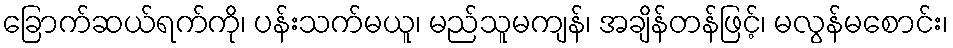
ခြောက်ဆယ်ရက်ကို၊ ပန်းသက်မယူ၊ မည်သူမကျန်၊ အချိန်တန်ဖြင့်၊ မလွန်မစောင်း၊